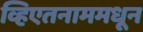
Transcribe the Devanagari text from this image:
व्हिएतनाममधून